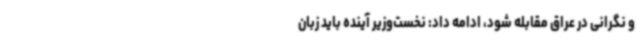
و نگرانی در عراق مقابله شود، ادامه داد: نخست‌وزیر آینده باید زبان